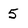
Character: 5